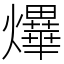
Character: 𤒹